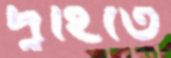
দুহিতে